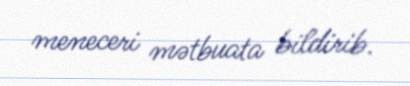
meneceri mətbuata bildirib.